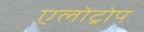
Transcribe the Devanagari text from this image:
एलोट्रोप